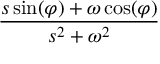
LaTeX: \frac { s \sin ( \varphi ) + \omega \cos ( \varphi ) } { s ^ { 2 } + \omega ^ { 2 } }